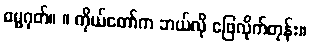
ဓမ္မဂုတ်။ ။ ကိုယ်တော်က ဘယ်လို ဖြေလိုက်တုန်း။